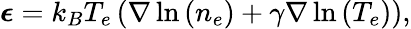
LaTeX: {\boldsymbol{\epsilon}}={k_{B}}{T_{e}}\left({\nabla\ln\left({{n_{e}}}\right)+\gamma\nabla\ln\left({{T_{e}}}\right)}\right),